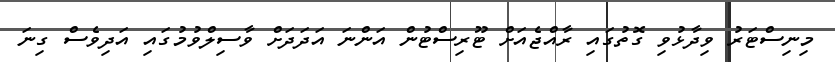
މިނިސްޓަރު ވިދާޅުވި ގޮތުގައި ރާއްޖެއަށް ޓޫރިސްޓުން އަންނަ އަދަދަށް ވާސިލްވުމުގައި އަދިވެސް ގިނަ